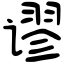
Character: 谬